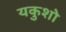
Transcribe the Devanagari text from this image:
यकुशो